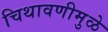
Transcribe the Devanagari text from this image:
चिथावणीमुळे